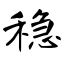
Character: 稳